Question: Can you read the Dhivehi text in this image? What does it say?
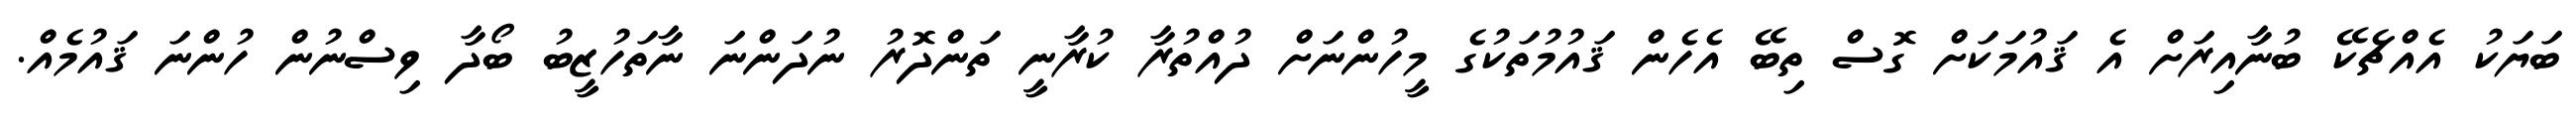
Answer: ބަޔަކު އެއްޗެކޭ ބުނާއިރަށް އެ ޤައުމަކަށް ގޮސް ތިބޭ އެހެން ޤައުމުތަކުގެ މީހުންނަށް ދުއްތުރާ ކުރާނީ ތަންދޮރު ނުދަންނަ ނާތަހުޒީބު ބޯދާ ވިސްނުން ހުންނަ ޤައުމެއް.